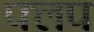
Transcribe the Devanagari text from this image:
फ्लप